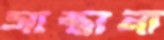
সান্তানা